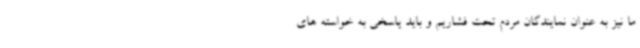
ما نیز به عنوان نمایندگان مردم تحت فشاریم و باید پاسخی به خواسته های